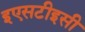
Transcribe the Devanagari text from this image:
इएसटीइसी